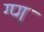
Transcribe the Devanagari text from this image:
ग्प्ग्